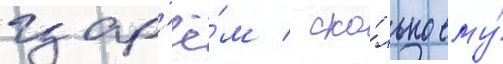
цар'ё́м / ско́лько ему́